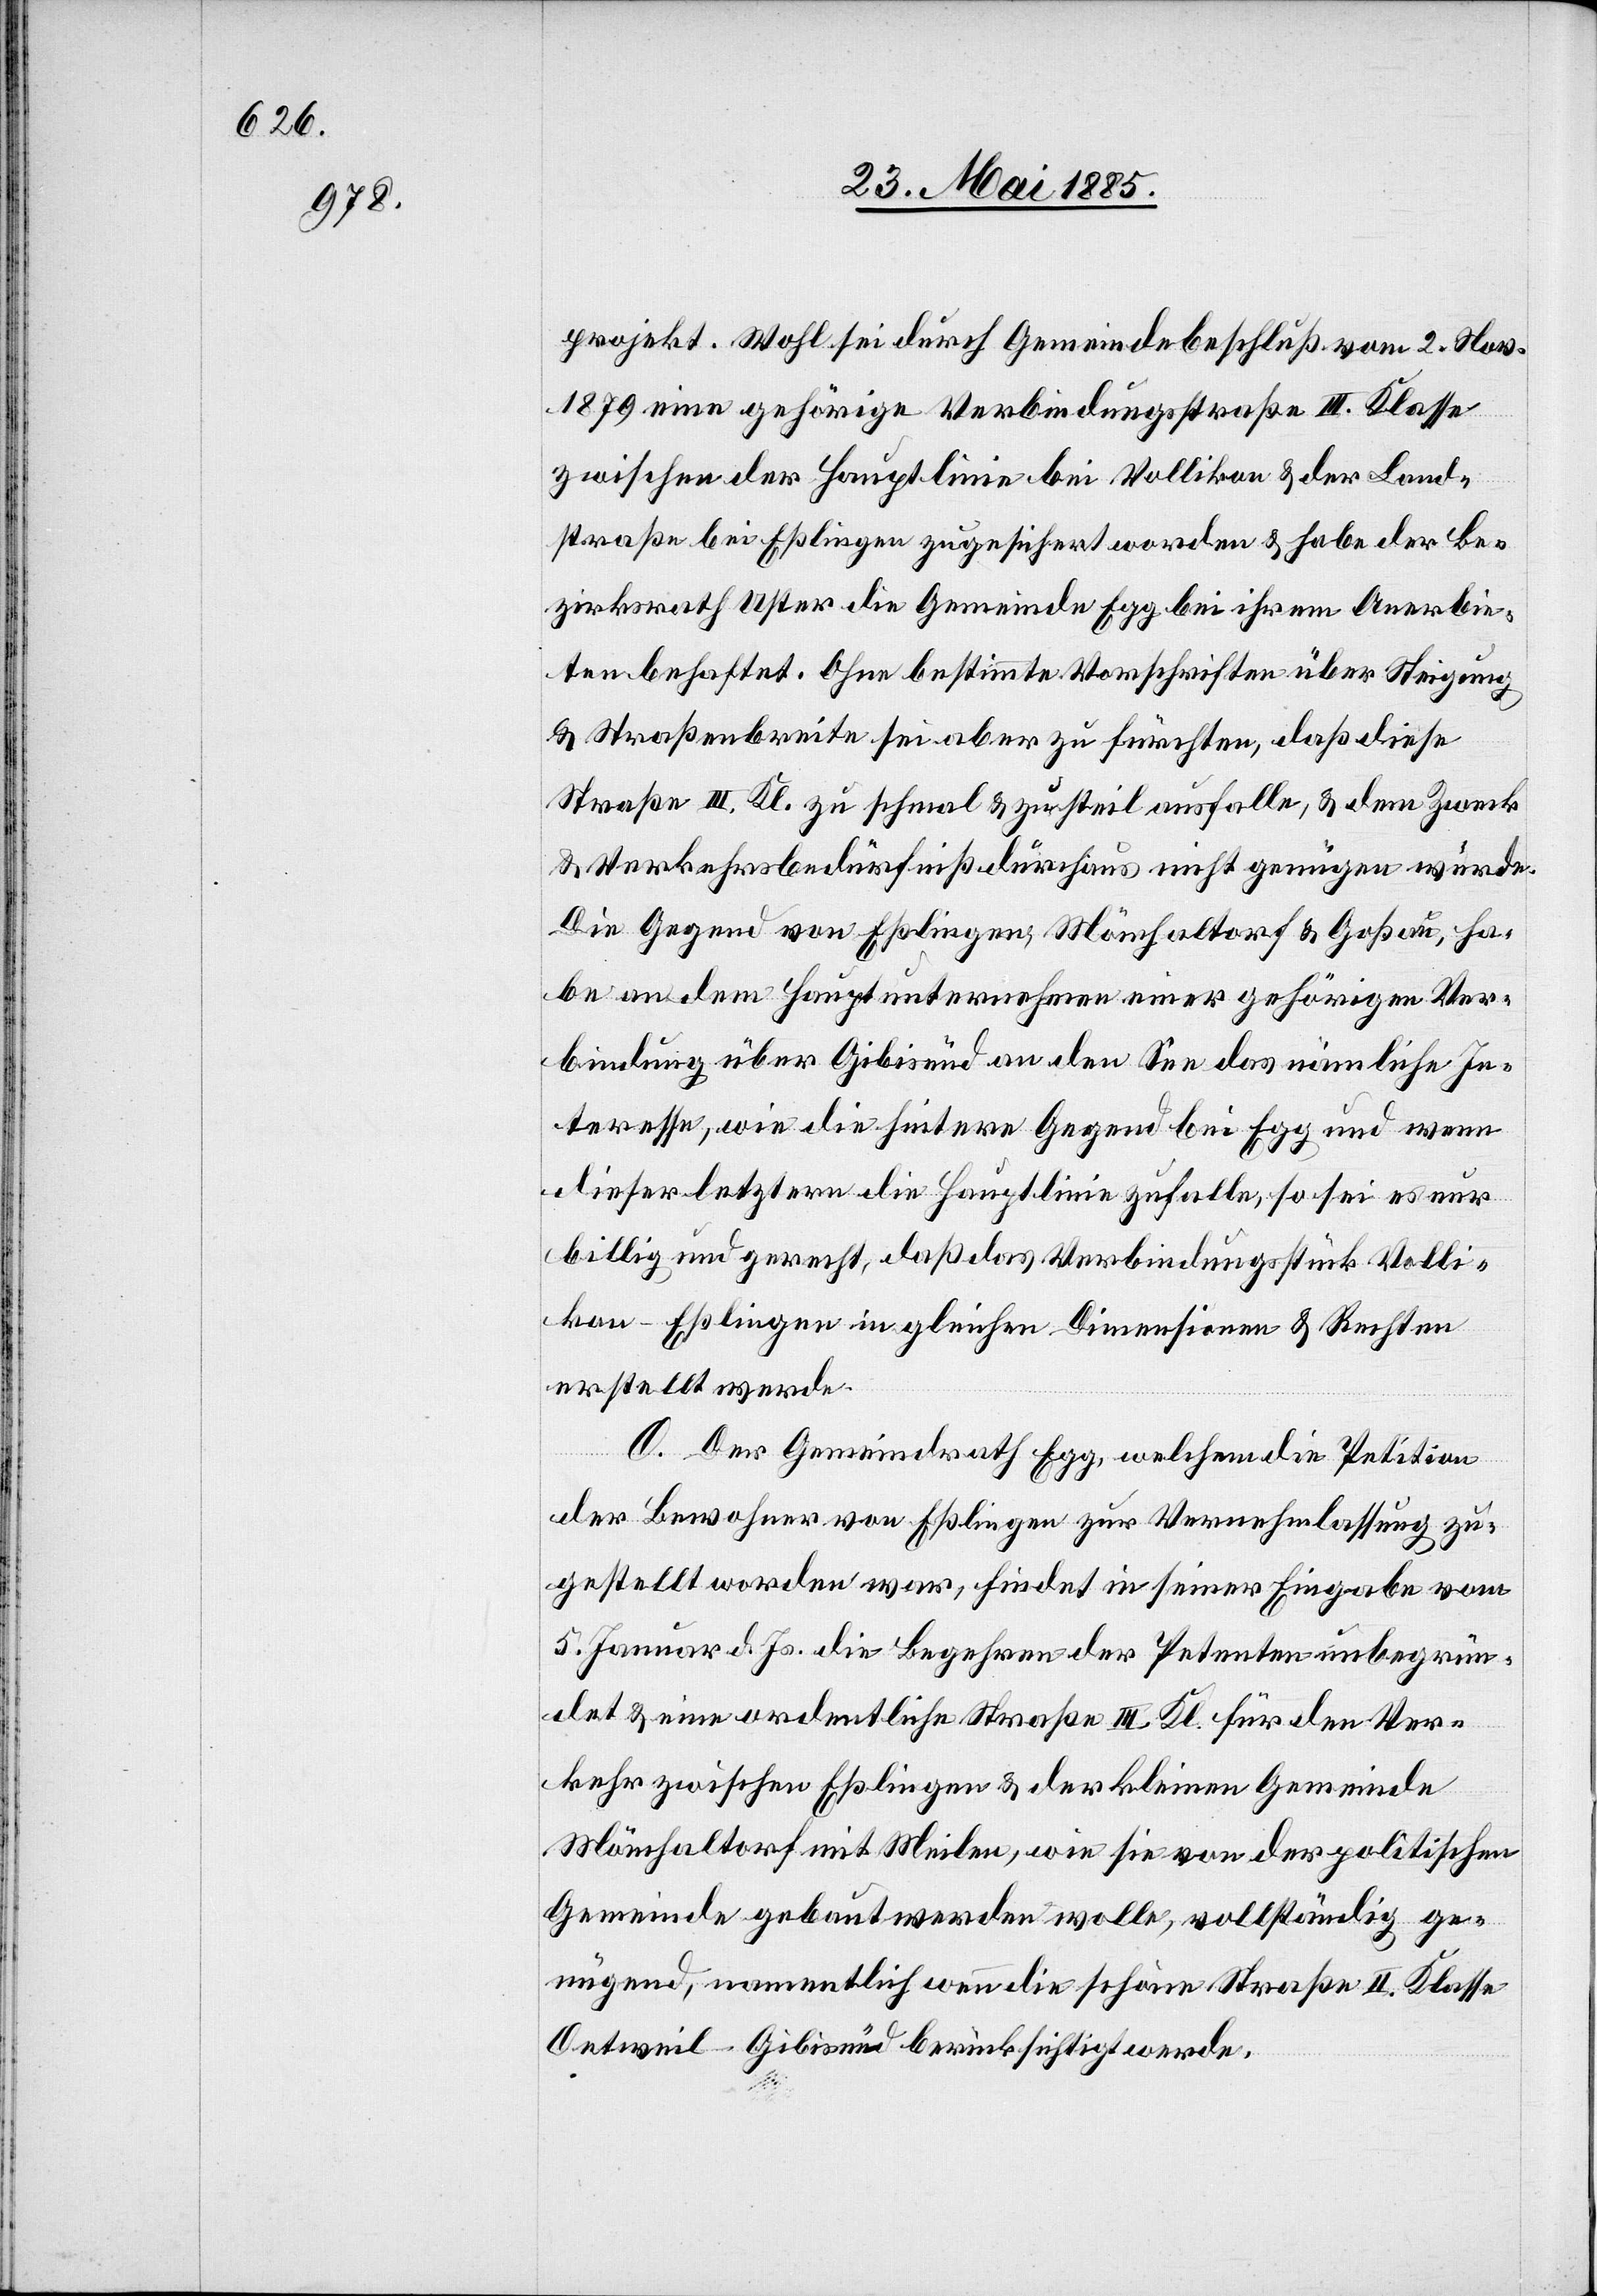
projekt. Wohl sei durch Gemeindebeschluß vom 2. Nov.
1879 eine gehörige Verbindungsstraße III. Klasse
zwischen der Hauptlinie bei Vollikon & der Land¬
straße bei Eßlingen zugesichert worden & habe der Be¬
zirksrath Uster die Gemeinde Egg bei ihrem Anerbie¬
ten behaftet. Ohne bestimmte Vorschriften über Steigung
& Straßenbreite sei aber zu fürchten, daß diese
Straße III. Kl. zu schmal & zu steil ausfalle, & dem Zweck
& Verkehrsbedürfniß durchaus nicht genügen würde.
Die Gegend von Eßlingen, Mönchaltorf & Goßau ha¬
be an dem Hauptunternehmen einer gehörigen Ver¬
bindung über Gibisnüd an den See das nämliche In¬
teresse, wie die hintere Gegend bei Egg und wenn
dieser letztern die Hauptlinie zufalle, so sei es nur
billig und gerecht, daß das Verbindungsstück Volli¬
kon–Eßlingen in gleichen Dimensionen & Rechten
erstellt werde.
O. Der Gemeindrath Egg, welchem die Petition
der Bewohner von Eßlingen zur Vernehmlassung zu¬
gestellt worden war, findet in seiner Eingabe vom
5. Januar d. Js. die Begehren der Petenten unbegrün¬
det & eine ordentliche Straße III. Kl. für den Ver¬
kehr zwischen Eßlingen & der kleinen Gemeinde
Mönchaltorf mit Meilen, wie sie von der politischen
Gemeinde gebaut werden wolle, vollständig ge¬
nügend, namentlich wenn die schöne Straße II. Klasse
Oetweil–Gibisnüd berücksichtigt werde.